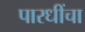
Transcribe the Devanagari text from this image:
पारधींचा